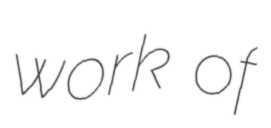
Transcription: work of